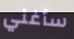
سأغني